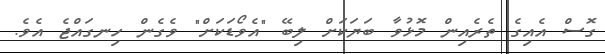
ގޮސް އެއިގެ ތެރެއިން މޮޅުވާ ބަޔަކަށް ލިބޭ "އެވޯޑަކަށް" ވެގެން ހިނގައްޖެ އެވެ.